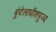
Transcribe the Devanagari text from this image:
बुंदेलाधीशपूज्य